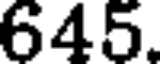
645.